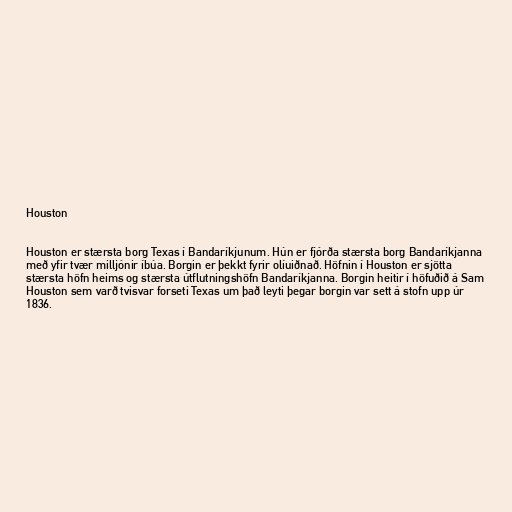
Houston

Houston er stærsta borg Texas í Bandaríkjunum. Hún er fjórða stærsta borg Bandaríkjanna
með yfir tvær milljónir íbúa. Borgin er þekkt fyrir olíuiðnað. Höfnin í Houston er sjötta
stærsta höfn heims og stærsta útflutningshöfn Bandaríkjanna. Borgin heitir í höfuðið á Sam
Houston sem varð tvisvar forseti Texas um það leyti þegar borgin var sett á stofn upp úr
1836.